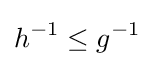
h^{-1}\leq g^{-1}